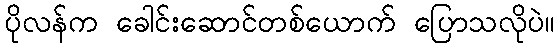
ပိုလန်က ခေါင်းဆောင်တစ်ယောက် ပြောသလိုပဲ။